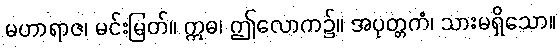
မဟာရာဇ၊ မင်းမြတ်။ ဣဓ၊ ဤလောက၌။ အပုတ္တကံ၊ သားမရှိသော။